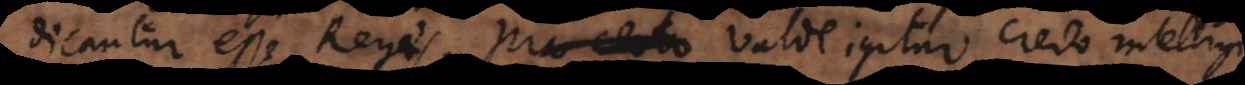
ur esse Reges. Pro certo Valde igitur credo intelligi